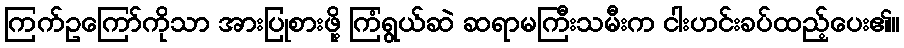
ကြက်ဥကြော်ကိုသာ အားပြုစားဖို့ ကြံရွယ်ဆဲ ဆရာမကြီးသမီးက ငါးဟင်းခပ်ထည့်ပေး၏။